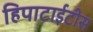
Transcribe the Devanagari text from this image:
हिपाटाईटीस